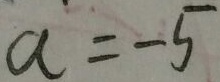
a = - 5